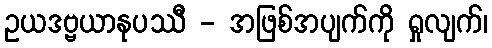
ဥယဒဗ္ဗယာနုပဿီ - အဖြစ်အပျက်ကို ရှုလျက်၊